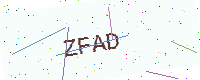
Text: ZFAD